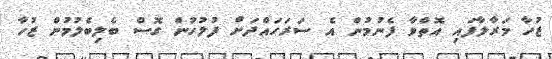
ޒުހާ މަރާލާފައި އޮތްވާ ފެނުމުން އެ ސަރަހައްދަށް ފުލުހުން ގޮސް ބެލިބެލުމުން ޒުހާ